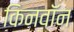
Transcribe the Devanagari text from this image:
किनवॉन